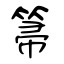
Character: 箒